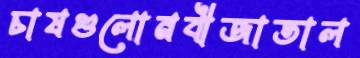
চাষগুলোনবীজাতাল